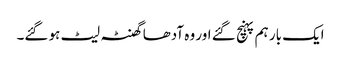
ایک بار ہم پہنچ گئے اور وہ آدھا گھنٹہ لیٹ ہو گئے۔